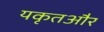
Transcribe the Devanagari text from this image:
यकृतऔर